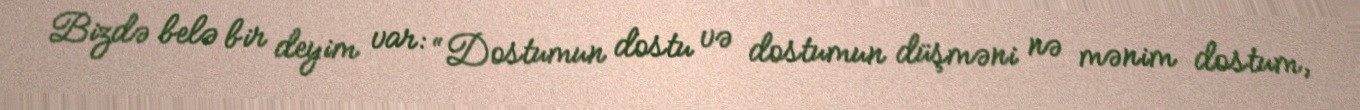
Bizdə belə bir deyim var: “Dostumun dostu və dostumun düşməni nə mənim dostum,